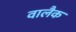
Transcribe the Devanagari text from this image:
वालैक